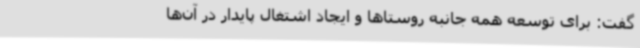
گفت: برای توسعه همه جانبه روستاها و ایجاد اشتغال پایدار در آن‌ها